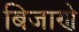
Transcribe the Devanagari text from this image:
बिजाणे